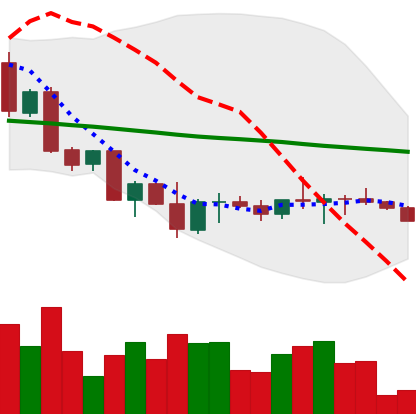
Ticker: ETH-USD
Chart end date: 2022-10-02
Forward return: 4.422%
Label: up_3_5